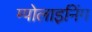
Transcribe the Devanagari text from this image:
म्पोलाइनिंग